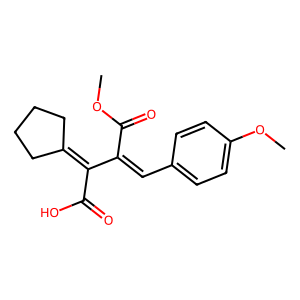
SMILES: COC(=O)C(=Cc1ccc(OC)cc1)C(C(=O)O)=C1CCCC1
Inhibits HIV replication: No